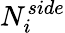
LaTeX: N_{i}^{side}